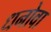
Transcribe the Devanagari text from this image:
धनोवा